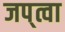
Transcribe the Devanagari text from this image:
जप्‌त्वा